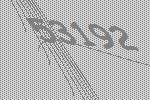
53192